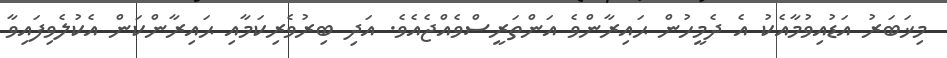
މިޚަބަރު އަޑުއިވުމާއެކު އެ ދެމީހުން ޙައިރާންވެ އަންތަރީސްވެއްޖެއެވެ. އަދި ބިރުވެރިކަމާއި ޙައިރާންކަން އެކުލެވިފައިވާ